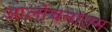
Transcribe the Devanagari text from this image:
आलोचनातम